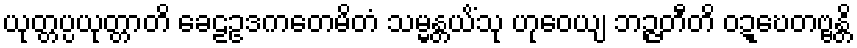
ယုတ္တပ္ပယုတ္တာတိ ခေဠဥဒကတေမိတံ သမ္မန္တယိံသု ဟုဝေယျ ဘဉ္ဇတီတိ ဝဍ္ဎေတဗ္ဗန္တိ